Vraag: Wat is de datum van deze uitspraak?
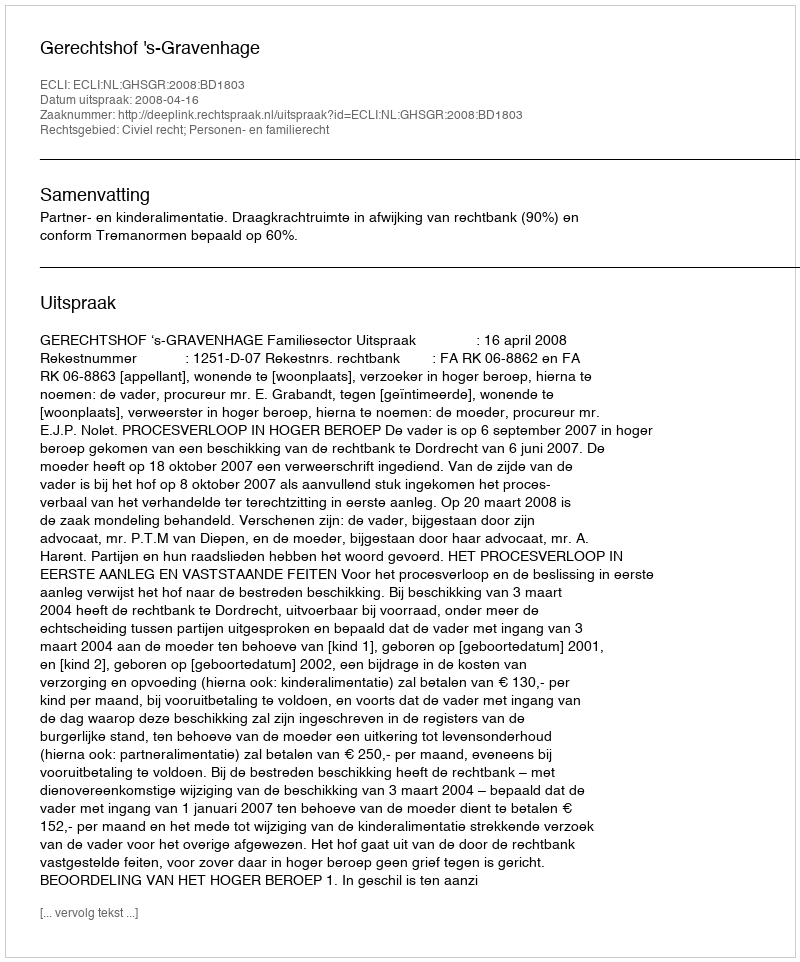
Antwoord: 2008-04-16